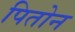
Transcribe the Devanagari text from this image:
पितोन